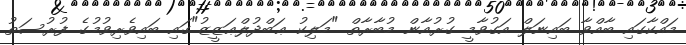
މައްކާގައި ބާއްވާ ބައިނަލް އަގުވާމީ ގުރުއާން މުބާރާތް "މަލިކު ޢަބްދުލްޢަޒީޒު"ގައި ބައިވެރިވުމުގެ ފުރުސަތު